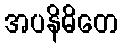
အပနိဓိတေ